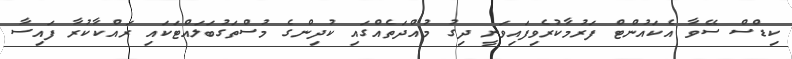
ކިޑްސް ސޭވާ އެކައުންޓް ފަރުމާކުރެވިފައިވަނީ ދިގު މުއްދަތެއްގައި ކުދިންގެ މުސްތަގުބަލައްޓަކައި ރައްކާކުރާ ފައިސާ